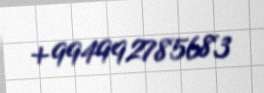
+994992785683